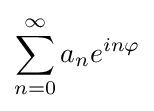
\sum _{n=0}^{\infty }a_{n}e^{in\varphi }